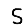
Digit: 5